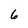
Character: 6